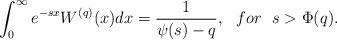
LaTeX: \begin{align*}\int_{0}^{\infty}e^{-s x}W^{(q)}(x)dx=\frac{1}{\psi(s)-q}, \ \ for \ \ s >\Phi(q).\end{align*}